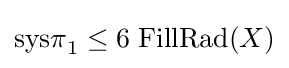
\mathrm {sys\pi } _{1}\leq 6\;\mathrm {FillRad} (X)